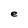
Character: e